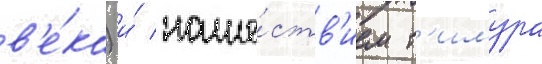
в'е́ка) и́ наше́ств'ием т'имура